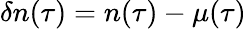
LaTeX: \delta n(\tau)=n(\tau)-\mu(\tau)